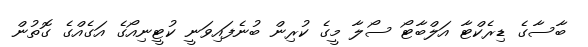
ބާސާގެ ޑިރެކްޓާ އަލްބާޓޯ ސޯލާ މީގެ ކުރިން ބުނެފައިވަނީ ކުޓީނިއޯގެ އަގެއްގެ ގޮތުން